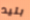
بليد